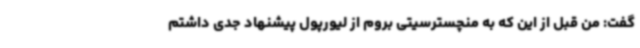
گفت: من قبل از این که به منچسترسیتی بروم از لیورپول پیشنهاد جدی داشتم